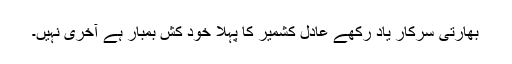
بھارتی سرکار یاد رکھے عادل کشمیر کا پہلا خود کش بمبار ہے آخری نہیں۔